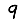
Digit: 9